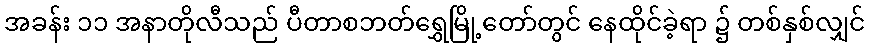
အခန်း ၁၁ အနာတိုလီသည် ပီတာစဘတ်ရွှေမြို့တော်တွင် နေထိုင်ခဲ့ရာ ၌ တစ်နှစ်လျှင်